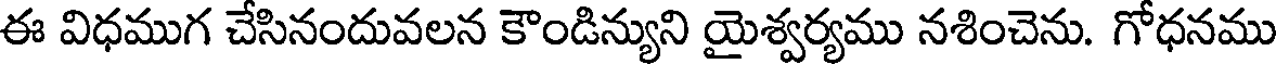
ఈ విధముగ చేసినందువలన కౌండిన్యుని యైశ్వర్యము నశించెను. గోధనము